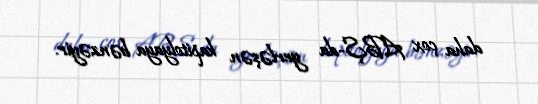
daha çox ABŞ-da yerləşən kapitolyaya bənzəyir.